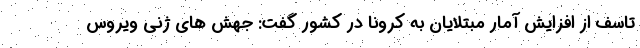
تاسف از افزایش آمار مبتلایان به کرونا در کشور گفت: جهش های ژنی ویروس